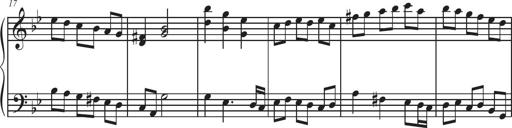
Title: Sonatina Espania
Composer: Jerald Franklin Archer
Key: Various